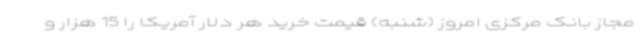
مجاز بانک مرکزی امروز (شنبه) قیمت خرید هر دلار آمریکا را 15 هزار و